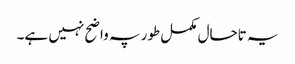
یہ تاحال مکمل طور پہ واضح نہیں ہے۔